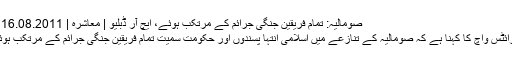
صومالیہ: تمام فریقین جنگی جرائم کے مرتکب ہوئے، ایچ آر ڈبلیو | معاشرہ | DW | 16.08.2011
ہیومن رائٹس واچ کا کہنا ہے کہ صومالیہ کے تنازعے میں اسلامی انتہا پسندوں اور حکومت سمیت تمام فریقین جنگی جرائم کے مرتکب ہوئے ہیں۔